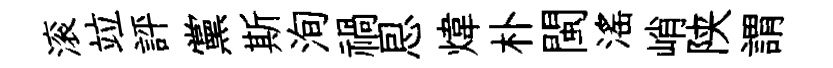
滚竝評黨斯洵禍㤙煒朴閩滛峭陕謂